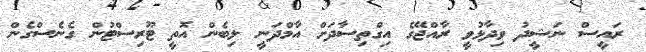
ރައީސް ނަޝީދު ވިދާޅުވީ ރާއްޖޭގެ އިގްތިސާދަށް އާމްދަނީ ލިބެން އޮތީ ޓޫރިސްޓުން ގެނެސްގެން